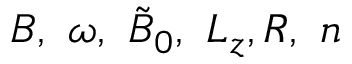
B , \ \omega , \ \tilde { B } _ { 0 } , \ L _ { z } , R , \ n